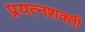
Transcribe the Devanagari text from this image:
प्रयत्‍नशक्ती